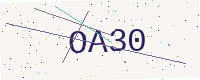
Text: OA30